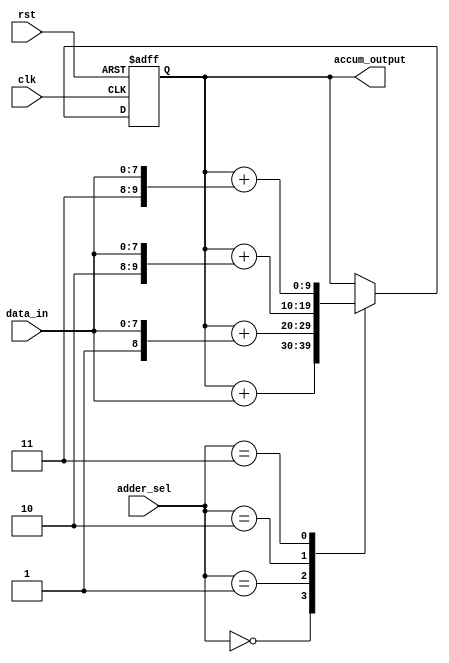
module parallel_accumulator(
    input wire clk,
    input wire rst,
    input wire [7:0] data_in,
    input wire [2:0] adder_sel,
    output reg [9:0] accum_output
);

reg [9:0] accum_reg;

always @(posedge clk or posedge rst) begin
    if (rst) begin
        accum_reg <= 10'b0;
    end else begin
        case (adder_sel)
            3'b000: accum_reg <= accum_reg + {2'b00, data_in};
            3'b001: accum_reg <= accum_reg + {2'b01, data_in};
            3'b010: accum_reg <= accum_reg + {2'b10, data_in};
            3'b011: accum_reg <= accum_reg + {2'b11, data_in};
            default: accum_reg <= accum_reg;
        endcase
    end
end

assign accum_output = accum_reg;

endmodule